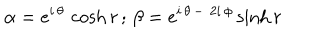
\alpha = e ^ { i \, \theta } \, \cosh r \, ; \, \beta = e ^ { i \, \theta \, - \, \, 2 i \, \phi } \sinh r